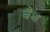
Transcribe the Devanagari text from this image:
वैथ